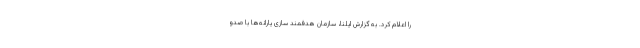
را اعلام کرد. به گزارش ایلنا، سازمان هدفمند سازی یارانه‌ها با صدو